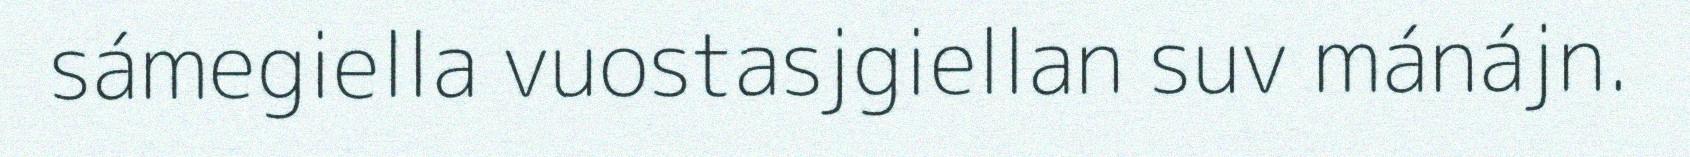
sámegiella vuostasjgiellan suv mánájn.